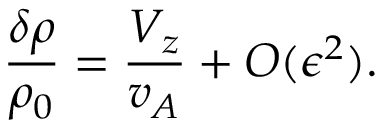
\frac { \delta \rho } { \rho _ { 0 } } = \frac { V _ { z } } { v _ { A } } + O ( \epsilon ^ { 2 } ) .